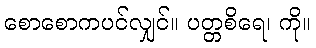
စောစောကပင်လျှင်။ ပတ္တစိရေ၊ ကို။